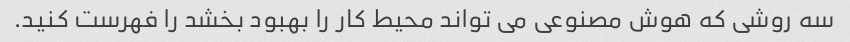
سه روشی که هوش مصنوعی می تواند محیط کار را بهبود بخشد را فهرست کنید.